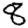
Digit: 8